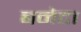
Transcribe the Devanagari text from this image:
बनेटा